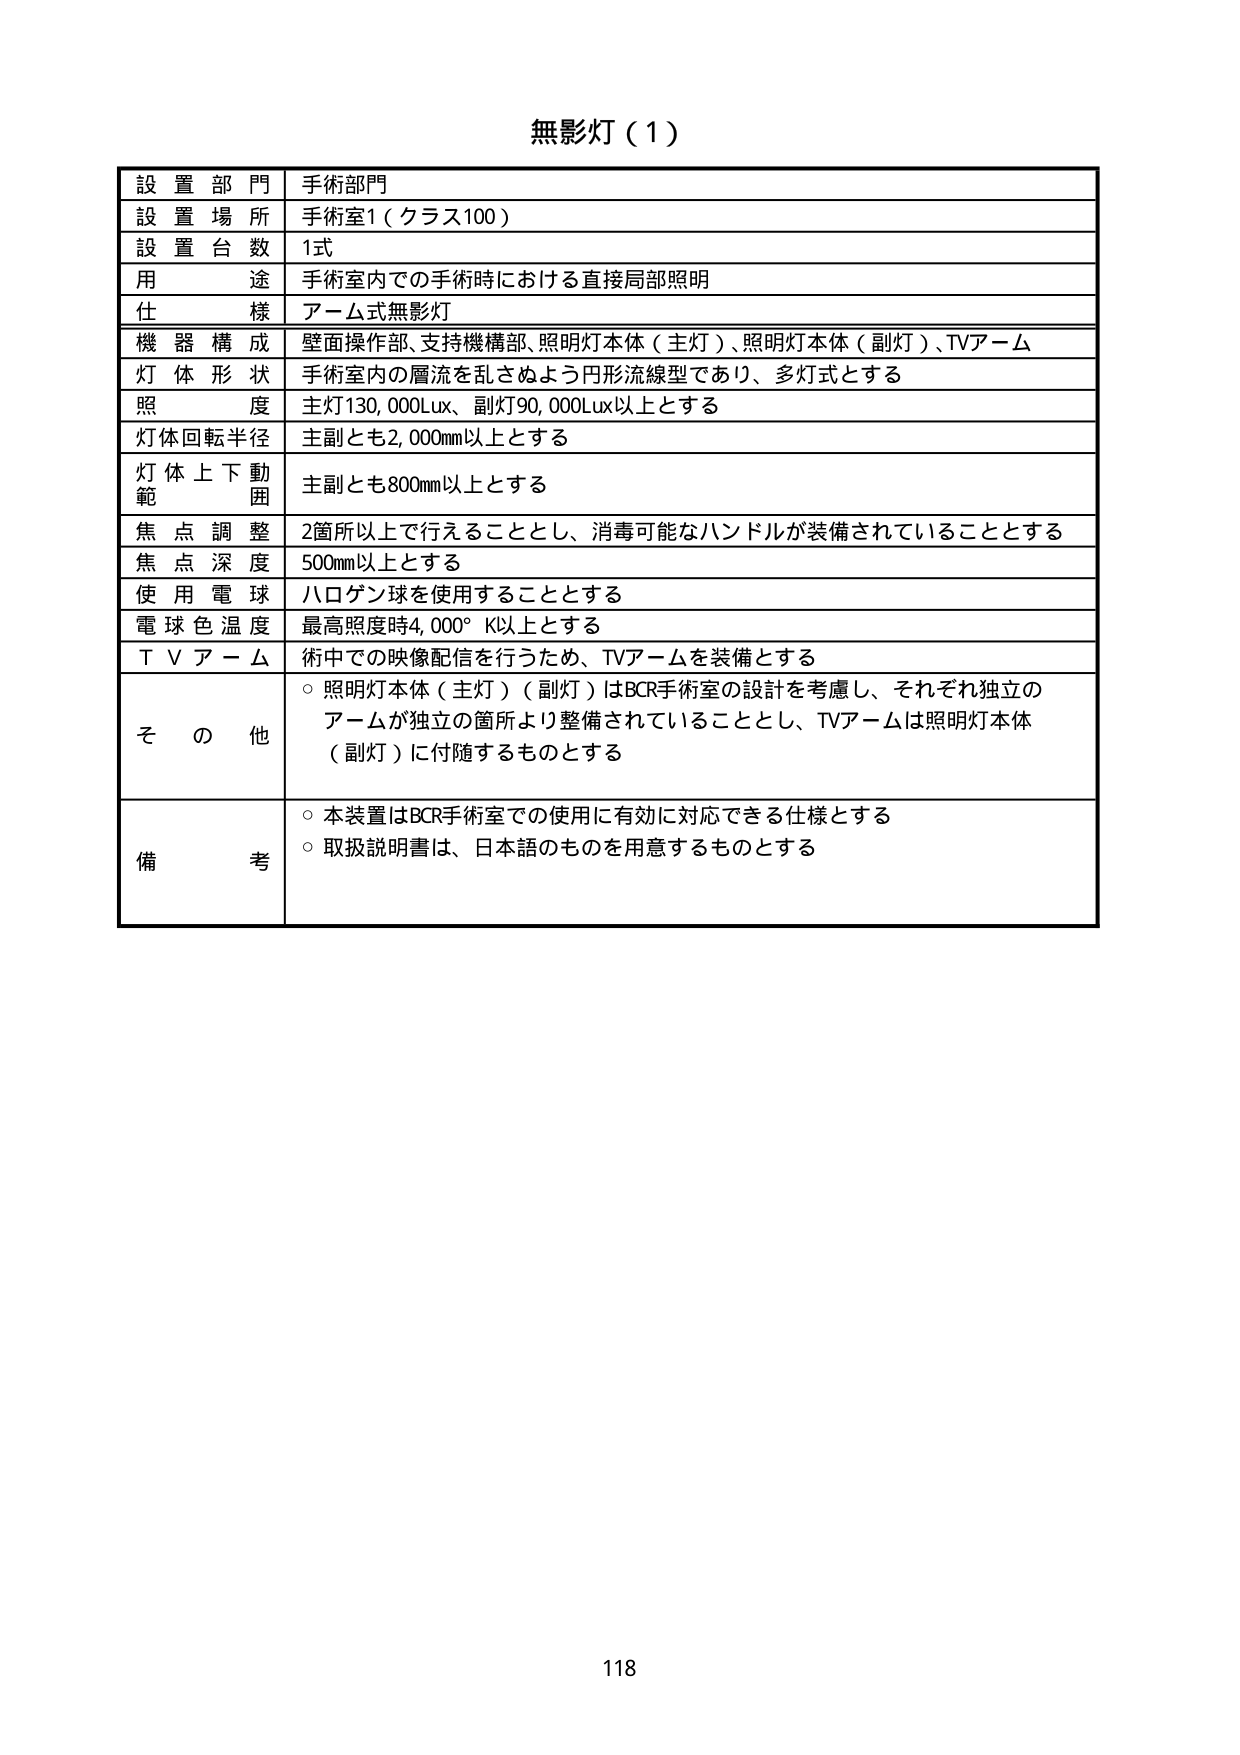
無影灯（1）

設置部門 手術部門
設置場所 手術室1（クラス100）
設置台数 1式
用途 手術室内での手術時における直接局部照明
仕様 アーム式無影灯
機器構成 壁面操作部、支持機構部、照明灯本体（主灯）、照明灯本体（副灯）、TVアーム
灯体形状 手術室内の層流を乱さぬよう円形流線型であり、多灯式とする
照度 主灯130,000Lux、副灯90,000Lux以上とする
灯体回転半径 主副とも2,000mm以上とする
灯体上下動範囲 主副とも800mm以上とする
焦点調整 2箇所以上で行えることとし、消毒可能なハンドルが装備されていることとする
焦点深度 500mm以上とする
使用電球 ハロゲン球を使用することとする
電球色温度 最高照度時4,000°K以上とする
TVアーム 術中での映像配信を行うため、TVアームを装備とする
その他 ○ 照明灯本体（主灯）（副灯）はBCR手術室の設計を考慮し、それぞれ独立のアームが独立の箇所より整備されていることとし、TVアームは照明灯本体（副灯）に付随するものとする
備考 ○ 本装置はBCR手術室での使用に有効に対応できる仕様とする
○ 取扱説明書は、日本語のものを用意するものとする

118